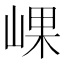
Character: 𡸖